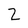
Character: 2